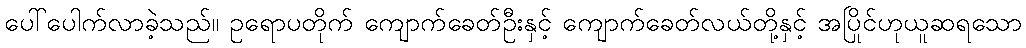
ပေါ်ပေါက်လာခဲ့သည်။ ဥရောပတိုက် ကျောက်ခေတ်ဦးနှင့် ကျောက်ခေတ်လယ်တို့နှင့် အပြိုင်ဟုယူဆရသော